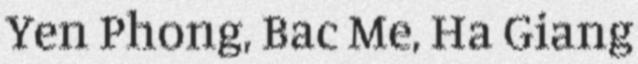
Yen Phong, Bac Me, Ha Giang